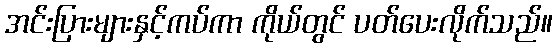
အင်းပြားများနှင့်ကပ်ကာ ကိုယ်တွင် ပတ်ပေးလိုက်သည်။